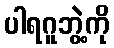
ပါရဂူဘွဲ့ကို